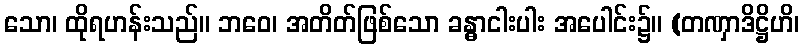
သော၊ ထိုရဟန်းသည်။ ဘဝေ၊ အတိတ်ဖြစ်သော ခန္ဓာငါးပါး အပေါင်း၌။ (တဏှာဒိဋ္ဌိဟိ၊